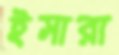
ইসারা